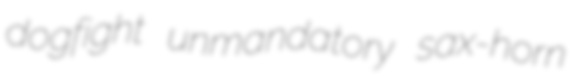
dogfight unmandatory sax-horn